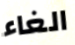
الغاء